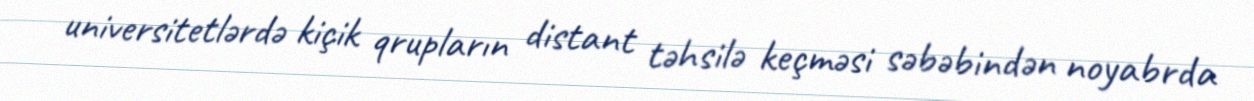
universitetlərdə kiçik qrupların distant təhsilə keçməsi səbəbindən noyabrda